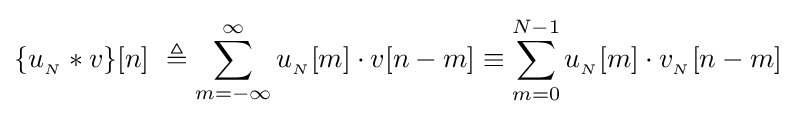
\{u_{_{N}}*v\}[n]\ \triangleq \sum _{m=-\infty }^{\infty }u_{_{N}}[m]\cdot v[n-m]\equiv \sum _{m=0}^{N-1}u_{_{N}}[m]\cdot v_{_{N}}[n-m]